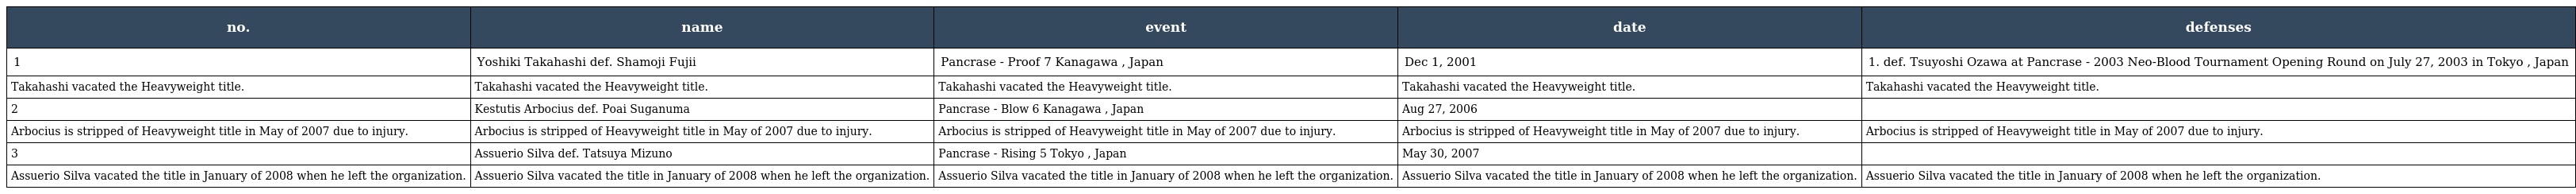
| no. | name | event | date | defenses |
 | --- | --- | --- | --- | --- |
 | 1 | Yoshiki Takahashi def. Shamoji Fujii | Pancrase - Proof 7 Kanagawa , Japan | Dec 1, 2001 | 1. def. Tsuyoshi Ozawa at Pancrase - 2003 Neo-Blood Tournament Opening Round on July 27, 2003 in Tokyo , Japan |
 | Takahashi vacated the Heavyweight title. | Takahashi vacated the Heavyweight title. | Takahashi vacated the Heavyweight title. | Takahashi vacated the Heavyweight title. | Takahashi vacated the Heavyweight title. |
 | 2 | Kestutis Arbocius def. Poai Suganuma | Pancrase - Blow 6 Kanagawa , Japan | Aug 27, 2006 |  |
 | Arbocius is stripped of Heavyweight title in May of 2007 due to injury. | Arbocius is stripped of Heavyweight title in May of 2007 due to injury. | Arbocius is stripped of Heavyweight title in May of 2007 due to injury. | Arbocius is stripped of Heavyweight title in May of 2007 due to injury. | Arbocius is stripped of Heavyweight title in May of 2007 due to injury. |
 | 3 | Assuerio Silva def. Tatsuya Mizuno | Pancrase - Rising 5 Tokyo , Japan | May 30, 2007 |  |
 | Assuerio Silva vacated the title in January of 2008 when he left the organization. | Assuerio Silva vacated the title in January of 2008 when he left the organization. | Assuerio Silva vacated the title in January of 2008 when he left the organization. | Assuerio Silva vacated the title in January of 2008 when he left the organization. | Assuerio Silva vacated the title in January of 2008 when he left the organization. |